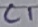
Text: C1